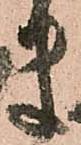
ま